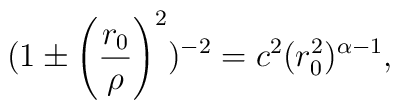
(1\pm \left(\frac{r_{0}}{\rho}\right)^{2})^{-2} = c^2(r_{0}^{2})^{\alpha - 1},